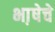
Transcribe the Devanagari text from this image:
भा़षेचे